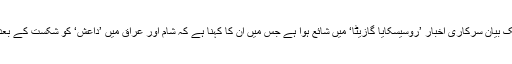
روس کے فیڈرل سیکیورٹی سروسز کے ڈائریکٹر الیکذنڈر بورٹنیکوف کا ایک بیان سرکاری اخبار ’روسیسکایا گازیٹا‘ میں شائع ہوا ہے جس میں ان کا کہنا ہے کہ شام اور عراق میں ’داعش‘ کو شکست کے بعد امکان ہے کہ شدت پسند گروپ میں شامل عناصر روس واپس آ سکتے ہیں۔